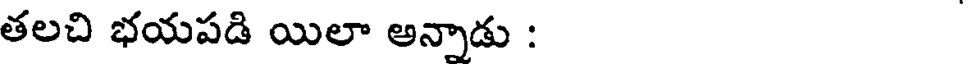
తలచి భయపడి యిలా అన్నాడు :